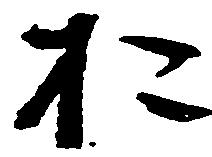
お